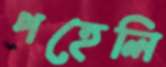
পহেলি